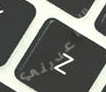
ساعديني